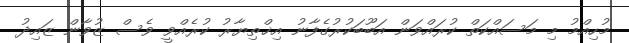
މުހިއްމު މި މަސައްކަތް ކުރައްވަން އަބޫބަކުރުގެފާނު އިޚްތިޔާރު ކުރެއްވީ ވެސް ޒުވާން ޒައިދު